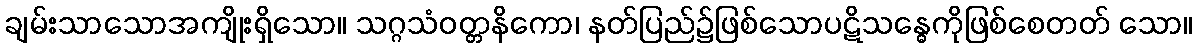
ချမ်းသာသောအကျိုးရှိသော။ သဂ္ဂသံဝတ္တနိကော၊ နတ်ပြည်၌ဖြစ်သောပဋိသန္ဓေကိုဖြစ်စေတတ် သော။